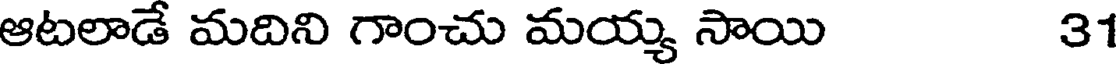
ఆటలాడే మదిని గాంచు మయ్య సాయి 31